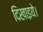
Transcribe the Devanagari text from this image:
दिखाइये।